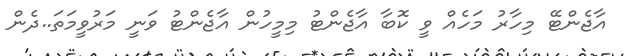
އާޖެންޓޭ މިހާރު މަހެއް ވީ ކޮބާ އާޖެންޓު މިމީހުން އާޖެންޓު ވަނީ މަރުވީމަތަ..ދެން